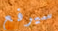
سيرفع